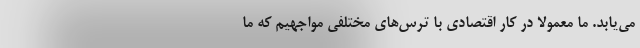
می‌یابد. ما معمولاً در کار اقتصادی با ترس‌های مختلفی مواجهیم که ما